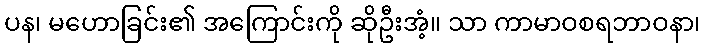
ပန၊ မဟောခြင်း၏ အကြောင်းကို ဆိုဦးအံ့။ သာ ကာမာဝစရဘာဝနာ၊